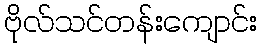
ဗိုလ်သင်တန်းကျောင်း